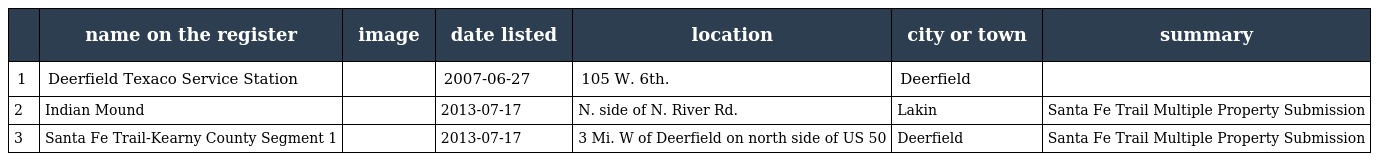
|  | name on the register | image | date listed | location | city or town | summary |
 | --- | --- | --- | --- | --- | --- | --- |
 | 1 | Deerfield Texaco Service Station |  | 2007-06-27 | 105 W. 6th. | Deerfield |  |
 | 2 | Indian Mound |  | 2013-07-17 | N. side of N. River Rd. | Lakin | Santa Fe Trail Multiple Property Submission |
 | 3 | Santa Fe Trail-Kearny County Segment 1 |  | 2013-07-17 | 3 Mi. W of Deerfield on north side of US 50 | Deerfield | Santa Fe Trail Multiple Property Submission |